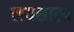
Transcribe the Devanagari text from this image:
लयशास्त्र